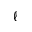
\ell